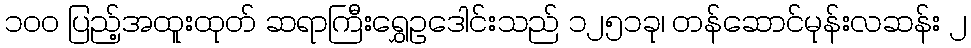
၁၀၀ ပြည့်အထူးထုတ် ဆရာကြီးရွှေဥဒေါင်းသည် ၁၂၅၁ခု၊ တန်ဆောင်မုန်းလဆန်း ၂